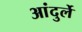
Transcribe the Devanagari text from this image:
आंदुर्ले